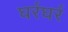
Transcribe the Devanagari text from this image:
घर्रघर्र